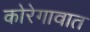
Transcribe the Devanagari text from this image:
कोरेगावात